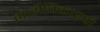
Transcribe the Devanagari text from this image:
मारीचिकाश्पौ